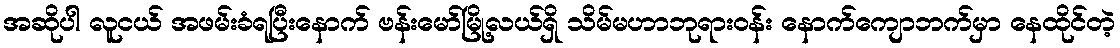
အဆိုပါ လူငယ် အဖမ်းခံရပြီးနောက် ဗန်းမော်မြို့လယ်ရှိ သိမ်မဟာဘုရားဝန်း နောက်ကျောဘက်မှာ နေထိုင်တဲ့